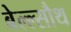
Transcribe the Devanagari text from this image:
बेल्ल्सौथ